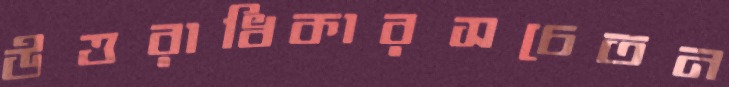
উত্তরাধিকারসচেতন